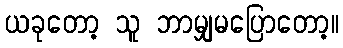
ယခုတော့ သူ ဘာမျှမပြောတော့။